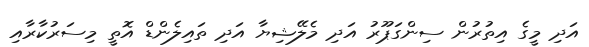
އަދި މީގެ އިތުރުން ސިންގަޕޫރު އަދި މެލޭޝިޔާ އަދި ތައިލެންޑް އޮތީ މިސަރުކާރާއި